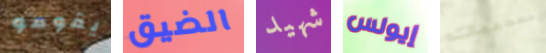
يقومو الضيق شهيد إيولس معجبيك